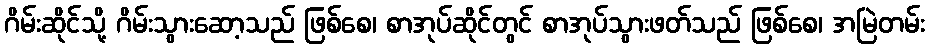
ဂိမ်းဆိုင်သို့ ဂိမ်းသွားဆော့သည် ဖြစ်စေ၊ စာအုပ်ဆိုင်တွင် စာအုပ်သွားဖတ်သည် ဖြစ်စေ၊ အမြဲတမ်း